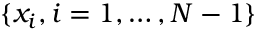
\{ x _ { i } , i = 1 , \ldots , N - 1 \}